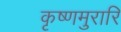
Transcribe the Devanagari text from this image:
कृष्णमुरारि